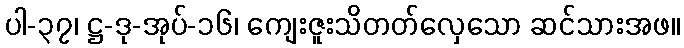
ပါ-၃၇၊ ဋ္ဌ-ဒု-အုပ်-၁၆၊ ကျေးဇူးသိတတ်လှေသော ဆင်သားအဖ။